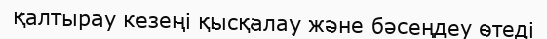
қалтырау кезеңі қысқалау және бәсеңдеу өтеді